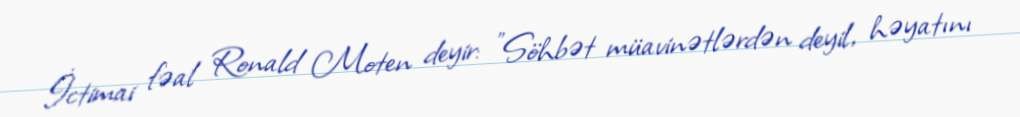
İctimai fəal Ronald Moten deyir: "Söhbət müavinətlərdən deyil, həyatını